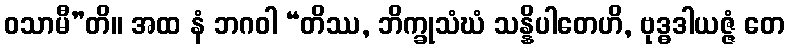
ဝသာမီ”တိ။ အထ နံ ဘဂဝါ “တိဿ, ဘိက္ခုသံဃံ သန္နိပါတေဟိ, ဗုဒ္ဓဒါယဇ္ဇံ တေ